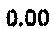
0.00